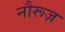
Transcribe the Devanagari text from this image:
नौरूज़